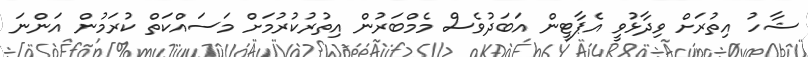
ޝާހު އިތުރަށް ވިދާޅުވީ އެޕާޓީން އަބަދުވެސް މެމްބަރުން އިތުރުކުރުމަށް މަސައްކަތް ކުރަމުން އަންނަ